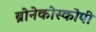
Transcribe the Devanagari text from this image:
ब्रोनेकोस्कोपी